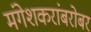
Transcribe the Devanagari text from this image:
मंगेशकरांबरोबर